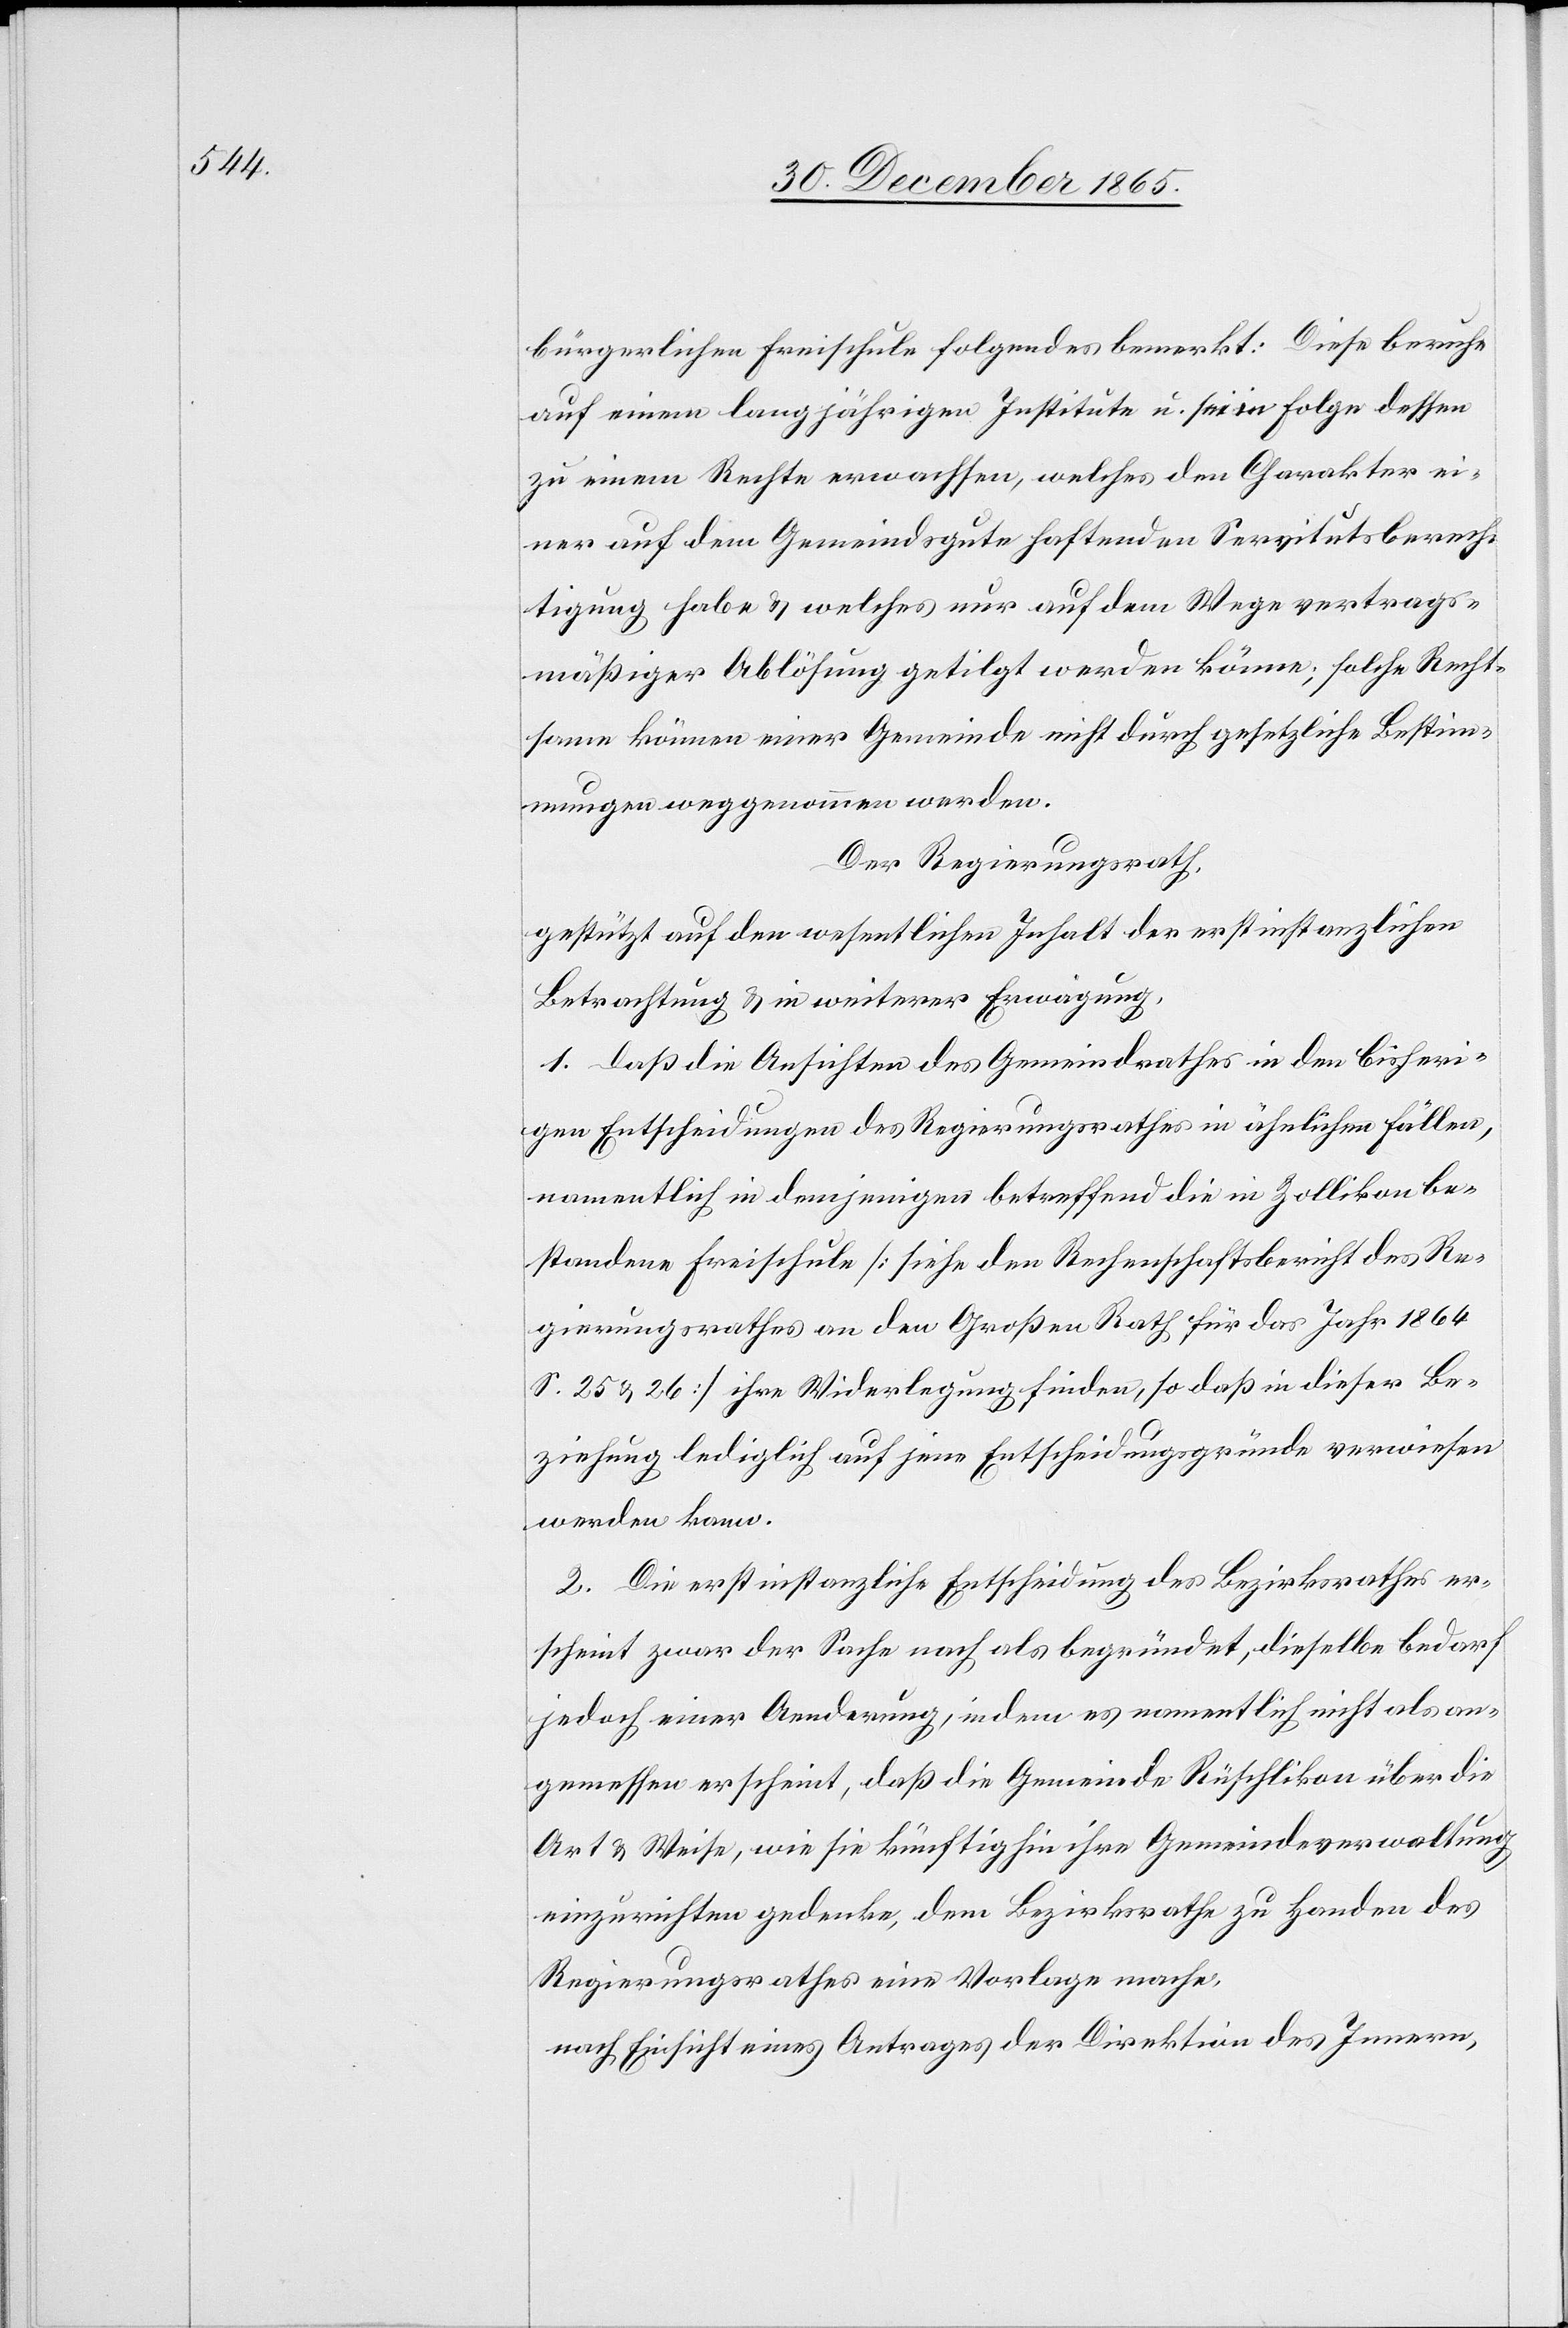
bürgerlichen Freischule folgendes bemerkt: Diese beruhe
auf einem langjährigen Institute u. sei in Folge dessen
zu einem Rechte erwachsen, welches den Charakter ei¬
ner auf dem Gemeindsgute haftenden Servitutsberech¬
smäßiger Ablösung getilgt werden könne; solche Recht¬
same könne einer Gemeinde nicht durch gesetzliche Bestim¬
mungen weggenommen werden.
trag¬
Der Regierungsrath,
gestützt auf den wesentlichen Inhalt der erstinstanzlichen
Betrachtung & in weiterer Erwägung,
1. Daß die Ansichten des Gemeindrathes in den bisheri¬
gen Entscheidungen des Regierungsrathes in ähnlichen Fällen,
namentlich in demjenigen betreffend die in Zollikon be¬
standene Freischule [siehe den Rechenschaftsbericht des Re¬
gierungsrathes an den Großen Rath für das Jahr 1864
S. 25 & 26] ihre Widerlegung finden, so daß in dieser Be¬
ziehung lediglich auf jene Entscheidungsgründe verwiesen
werden kann.
2. Die erstinstanzliche Entscheidung des Bezirksrathes er¬
scheint zwar der Sache nach als begründet, dieselbe bedarf
jedoch eine Aenderung, indem es namentlich nicht als an¬
gemessen erscheint, daß die Gemeinde Rüschlikon über die
Art & Weise, wie sie künftighin ihre Gemeindeverwaltung
einzurichten gedenke, dem Bezirksrathe zu Handen des
Regierungsrathes eine Vorlage mache,
nach Einsicht eines Antrages der Direktion des Innern,